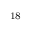
^ \mathrm { 1 8 }